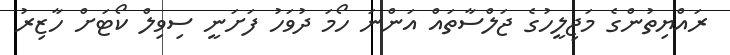
ރައްޔިތުންގެ މަޖިލީހުގެ ޖަލްސާތައް އަންނަ ހޯމަ ދުވަހު ފަށަނީ ސިވިލް ކޯޓަށް ހާޒިރު